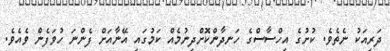
ދަރިއަކު ނެތެވެ. ކުށުގެ އިހްސާސްގެ ހަނދާންކޮށްދިނުމެއް ކަމުގައި އޭނާއަށް ފެންނަ ހުވަފެން ވެއެވެ.